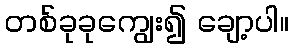
တစ်ခုခုကျွေး၍ ချော့ပါ။